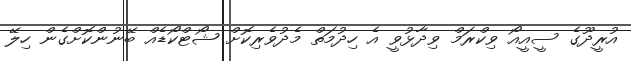
އުރީދޫގެ ސީއީއޯ ވިކްރަމް ވިދާޅުވީ އެ ހިދުމަތް މެދުވެރިކޮށް ޝޯޓްކޯޑެއް ބޭނުންކޮށްގެން ހިލޭ